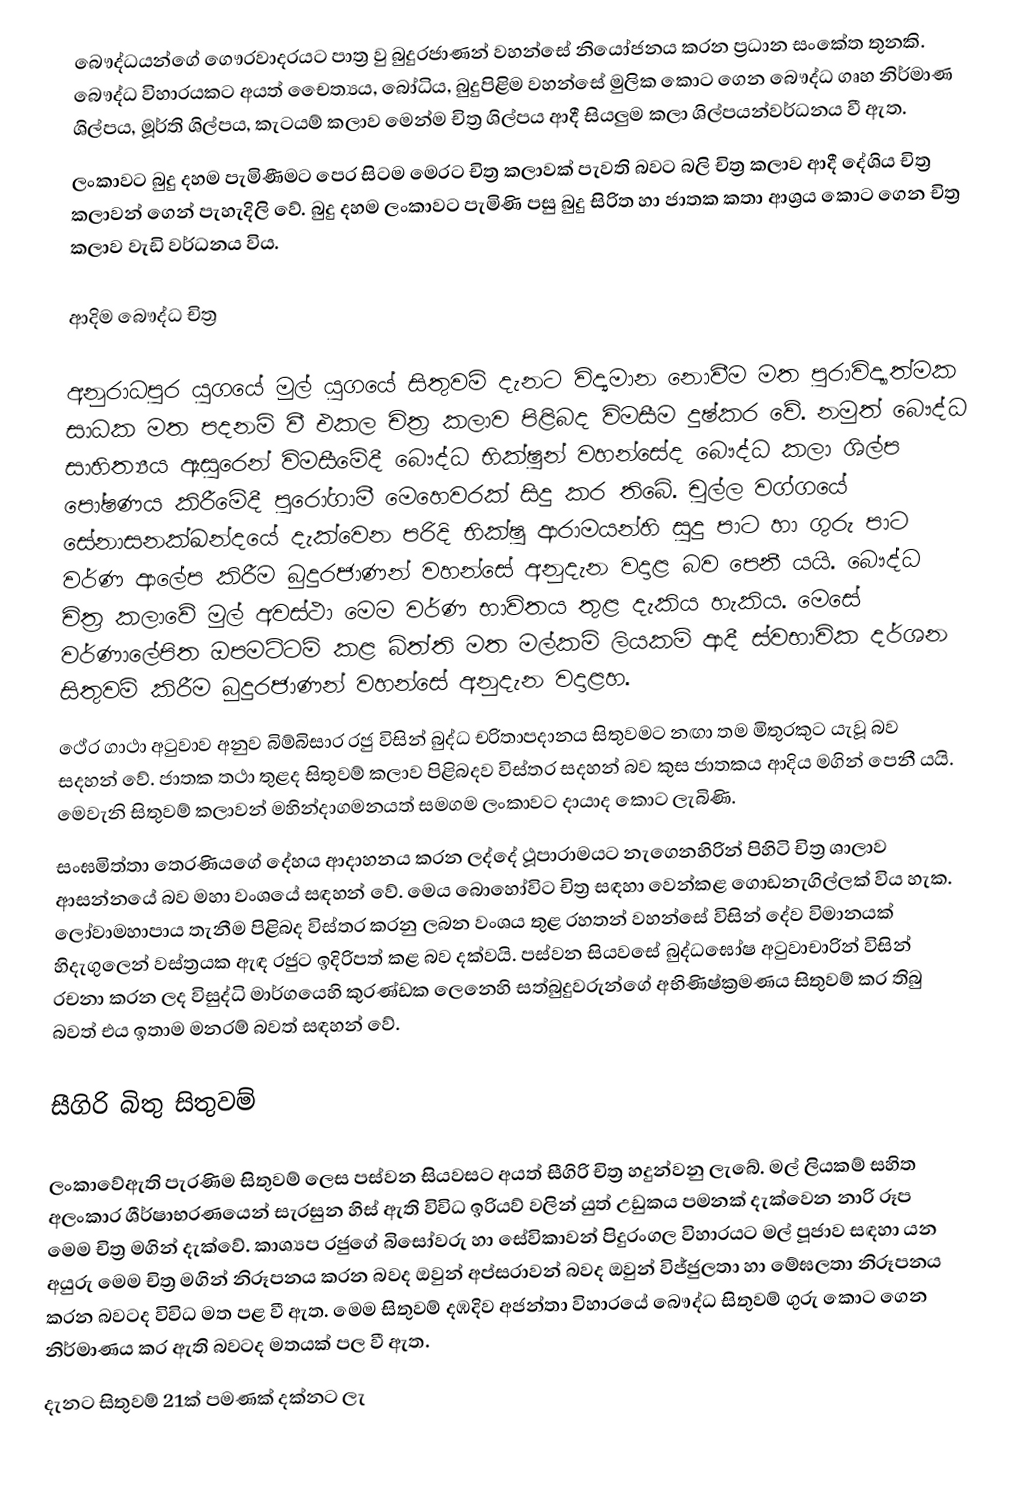
බෞද්ධයන්ගේ ගෞරවාදරයට පාත්‍ර වු බුදුරජාණන් වහන්සේ නියෝජනය කරන ප්‍රධාන සංකේත තුනකි. බෞද්ධ විහාරයකට අයත් චෛත්‍යය, බෝධිය, බුදුපිළිම වහන්සේ මුලික කොට ගෙන බෞද්ධ ගෘහ නිර්මාණ ශිල්පය, මූර්ති ශිල්පය, කැටයම් කලාව මෙන්ම චිත්‍ර ශිල්පය ආදී සියලුම කලා ශිල්පයන්වර්ධනය වී ඇත.
ලංකාවට බුදු දහම පැමිණීමට පෙර සිටම මෙරට චිත්‍ර කලාවක් පැවති බවට බලි චිත්‍ර කලාව ආදී දේශිය චිත්‍ර කලාවන් ගෙන් පැහැදිලි වේ. බුදු දහම ලංකාවට පැමිණි පසු බුදු සිරිත හා ජාතක කතා ආශ්‍රය කොට ගෙන චිත්‍ර කලාව වැඩි වර්ධනය විය.

ආදිම බෞද්ධ චිත්‍ර

අනුරාධපුර යුගයේ මුල් යුගයේ සිතුවම් දැනට විද්‍යමාන නොවීම මත පුරාවිද්‍යාත්මක සාධක මත පදනම් වී එකල චිත්‍ර කලාව පිළිබද විමසීම දුෂ්කර වේ. නමුත් බෞද්ධ සාහිත්‍යය ඇසුරෙන් විමසීමේදී බෞද්ධ භික්ෂුන් වහන්සේද බෞද්ධ කලා ශිල්ප පෝෂණය කිරීමේදී පුරෝගාමී මෙහෙවරක් සිදු කර තිබේ. චුල්ල වග්ගයේ සේනාසනක්ඛන්දයේ දැක්වෙන පරිදි භික්ෂු ආරාමයන්හි සුදු පාට හා ගුරු පාට  වර්ණ ආලේප කිරීම බුදුරජාණන් වහන්සේ  අනුදැන වදාළ බව පෙනී යයි. බෞද්ධ චිත්‍ර කලාවේ මුල් අවස්ථා මෙම වර්ණ භාවිතය තුළ දැකිය හැකිය. මෙසේ වර්ණාලේපිත ඔපමට්ටම් කළ බිත්ති මත මල්කම් ලියකම් ආදී ස්වභාවික දර්ශන සිතුවම් කිරීම බුදුරජාණන් වහන්සේ  අනුදැන වදාළහ.
ථේර ගාථා අටුවාව අනුව බිම්බිසාර රජු විසින් බුද්ධ චරිතාපදානය  සිතුවමට නඟා තම මිතුරකුට යැවූ බව සදහන් වේ. ජාතක තථා තුළද  සිතුවම් කලාව පිළිබදව විස්තර සදහන් බව කුස ජාතකය ආදිය මගින් පෙනී යයි. මෙවැනි සිතුවම් කලාවන් මහින්දාගමනයත් සමගම ලංකාවට දායාද කොට ලැබිණි.
සංඝමිත්තා තෙරණියගේ දේහය ආදාහනය කරන ලද්දේ ථූපාරාමයට නැගෙනහිරින් පිහිටි චිත්‍ර ශාලාව ආසන්නයේ බව මහා වංශයේ සඳහන් වේ. මෙය  බොහෝවිට චිත්‍ර සඳහා වෙන්කළ ගොඩනැගිල්ලක් විය හැක. ලෝවාමහාපාය තැනීම පිළිබද විස්තර කරනු ලබන වංශය තුළ රහතන් වහන්සේ විසින් දේව විමානයක් හිදැගුලෙන් වස්ත්‍රයක ඇඳ රජුට ඉදිරිපත් කළ බව දක්වයි. පස්වන සියවසේ  බුද්ධඝෝෂ අටුවාචාරින් විසින් රචනා කරන ලද විසුද්ධි මාර්ගයෙහි කුරණ්ඩක ලෙනෙහි සත්බුදුවරුන්ගේ අභිණිෂ්ක්‍රමණය  සිතුවම් කර  තිබු බවත් එය ඉතාම මනරම් බවත් සඳහන් වේ.

සීගිරි බිතු සිතුවම්

ලංකාවේඇති පැරණිම සිතුවම් ලෙස පස්වන සියවසට අයත් සීගිරි චිත්‍ර හදුන්වනු ලැබේ. මල් ලියකම් සහිත අලංකාර ශීර්ෂාභරණයෙන් සැරසුන හිස් ඇති විවිධ ඉරියව් වලින් යුත් උඩුකය පමනක් දැක්වෙන නාරි රූප මෙම චිත්‍ර මගින් දැක්වේ. කාශ්‍යප රජුගේ බිසෝවරු හා සේවිකාවන් පිදුරංගල විහාරයට මල් පූජාව සඳහා යන අයුරු මෙම චිත්‍ර මගින් නිරූපනය කරන බවද ඔවුන් අප්සරාවන්  බවද ඔවුන් විජ්ජුලතා හා මේඝලතා නිරූපනය කරන බවටද විවිධ මත පළ වී ඇත. මෙම සිතුවම් දඹදිව අජන්තා විහාරයේ බෞද්ධ සිතුවම් ගුරු කොට ගෙන නිර්මාණය කර ඇති බවටද මතයක් පල වී ඇත.
දැනට සිතුවම් 21ක් පමණක් දක්නට ලැ